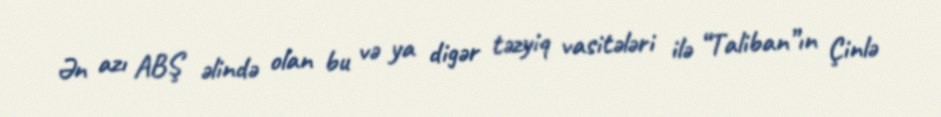
Ən azı ABŞ əlində olan bu və ya digər təzyiq vasitələri ilə “Taliban”ın Çinlə